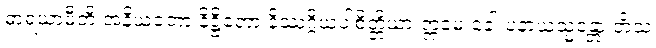
ဓာရယာမီတိ အနိယတော နိဋ္ဌိတော နိဿဂ္ဂိယပါစိတ္တိယာ ဣမေ ခေါ ပနာယသ္မန္တော တိံသ